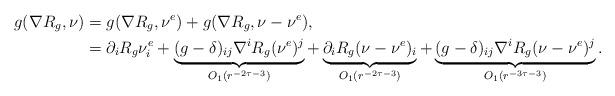
LaTeX: \begin{align*}g(\nabla R_g,\nu)&=g(\nabla R_g,\nu^e)+ g(\nabla R_g,\nu-\nu^e),\\&=\partial_iR_g\nu^e_i + \underbrace{(g-\delta)_{ij}\nabla^iR_g(\nu^e)^j}_{O_1(r^{-2\tau - 3})} + \underbrace{\partial_iR_g(\nu-\nu^e)_i}_{O_1(r^{-2\tau-3})} + \underbrace{(g-\delta)_{ij}\nabla^iR_g(\nu-\nu^e)^j}_{O_1(r^{-3\tau - 3})}.\end{align*}